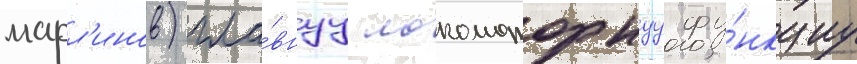
марл'инов) гла́внуу локомоторнуу фу́нкциу